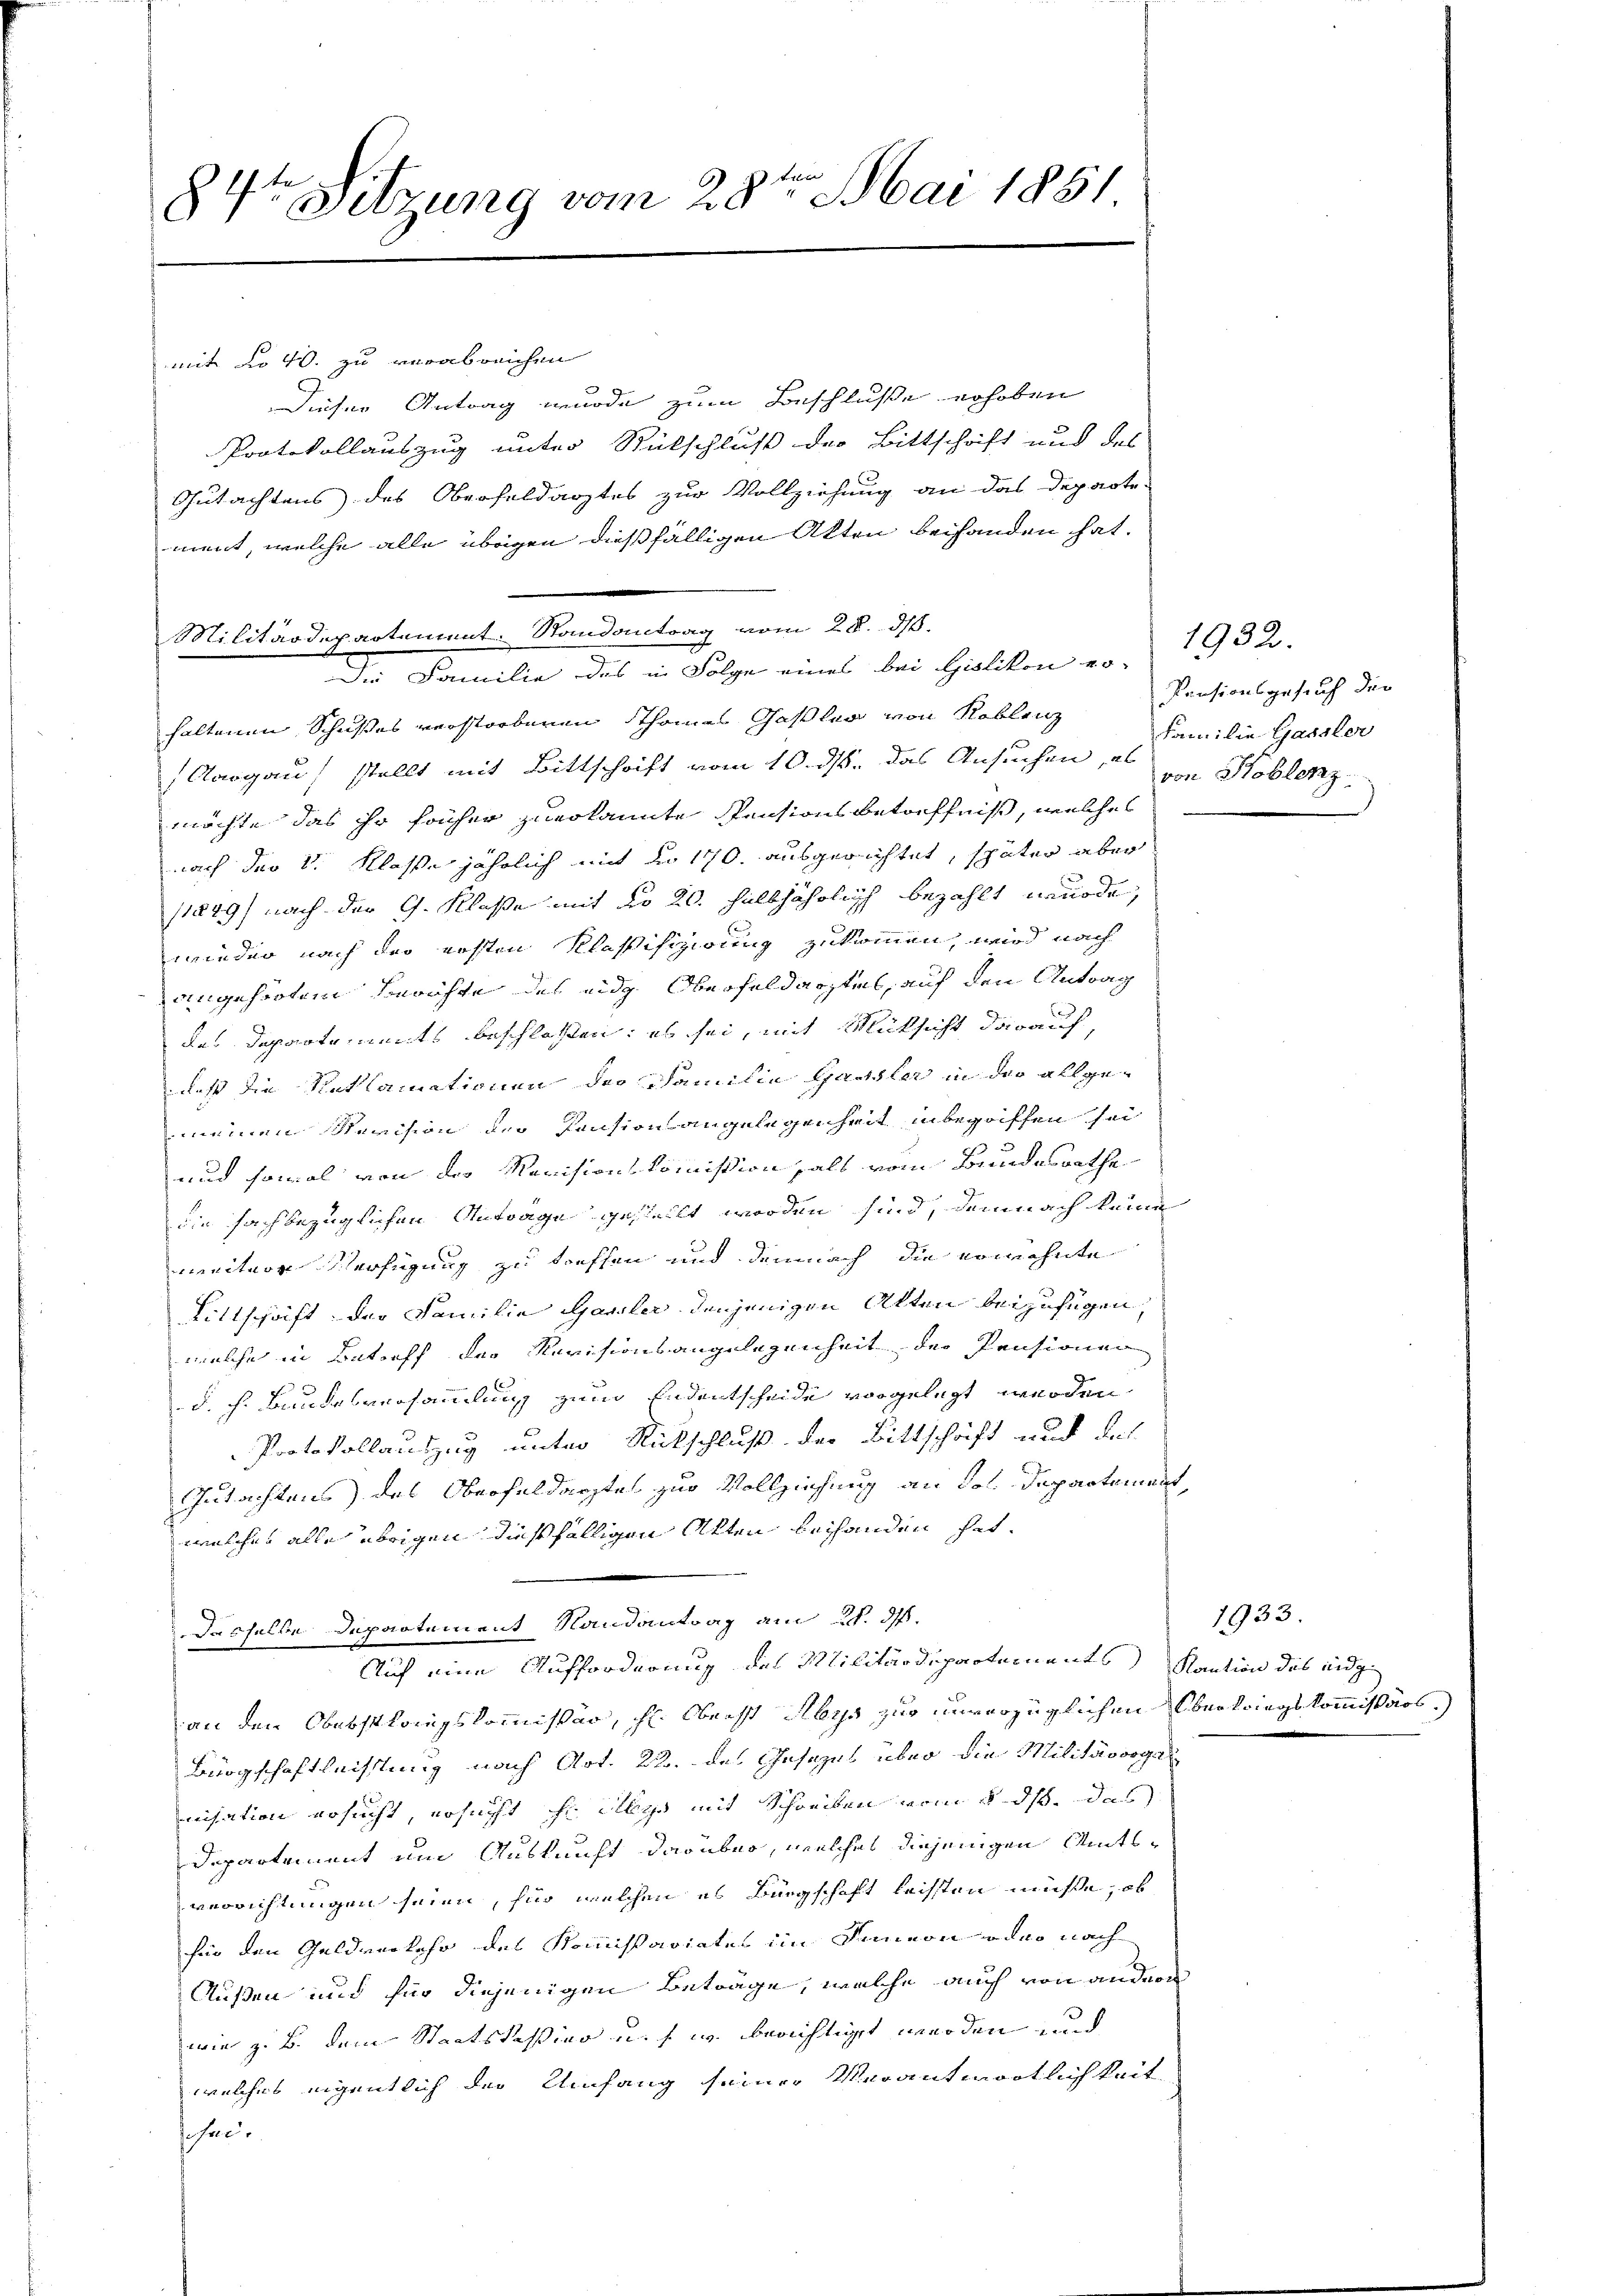
84te Sitzung vom 28te͇n Mai 1851

Militärdepartement. Randantrag vom 28. d.
Die Familie des in Folge eines bei Gislikon er-

mit No 40. zu verabreichen
Dieser Antrag wurde zum Beschluße erhoben
Protokollauszug unter Rückschluß der Bittschrift und des
Gutachtens des Oberfeldarztes zur Vollziehung an das Departe-
ment, welche alle übrigen dießfälligen Akten beihanden hat.
haltenen Schußes verstorbenen Schönes Gasler von Koblenz
Aargau, stellt mit Bittschrift vom 10. ds. das Ansuchen, es
möchte das so früher zuerkannte Pensionsbetreffniß, welches
nach der v. Klasse jährlich mit der 170. ausgerichtet, später aber
(1249) nach der G. Klasse mit No 20. halbjährlich bezahlt wurde,
wieder nach der ersten Klaßifizirung zukommen, wird nach
angehörten Berichte des eidg Oberfeldarstel, auf den Antrag
des Departements beschlossen; es sei, mit Rüksicht darauf,
daß die Reklamationen der Familie Gausler in der allgemeinen Revision der Pension angelegenheit inbegriffen sei
und sowol von der Revisionskommißion als vom Bundesrathe
die sachbezüglichen Antrage gestellt worden sind, demnach keine
neeitner Verfügung zu treffen und demnach die erwähnte
Bittschrift der Familia Gassler denjenigen Alten beizufügen,
welche in Betreff das Revisionsangelegenheit der Pensionen
d. h. Bundesversamlung zum Endentscheide vorgelegt werden
Protokollauszug unter Rückschluß der Bittschrift und des
Gutachtens des Oberfeldarztes zur Vollziehung an das Departement,
welches alle übrigen dießfälligen Akten behanden hat.
dasselbe Departement Randantrag am 28. ds.
Auf eine Aufforderung des Militärdepartements Kaution des indi
an den Oberstlangskommissär, Hr. Oberst Aber zur unverzüglichen Oberkriegskommißärs.)
Bürgschaftleistung nach Art. 22. des Gesezes über die Militärorganisation ersucht, ersucht hr. Also mit Schreiben vom 5. ds. das
Departement um Auskunft darüber, welches diejenigen Amtsverrichtungen seien, für welchen es Bürgschaft leissten müsse, ob
fü den Geldverkehr des Kommissariates im Sinnern oder nach
Außen und für diejenigen Beträge, welche auch von andern
wie z. B. dem Staatskassian u. s. w. berichtiget werden und
welches eigentlich der Umfang seiner Verantwortlichkeit
schei

1932.
Pensionsgesuch der
Familie Gassler
von Koblenz

1933.